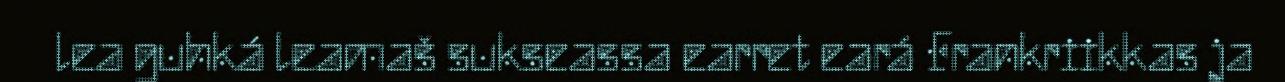
lea guhká leamaš sukseassa earret eará Frankriikkas ja